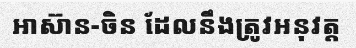
អាស៊ាន-ចិន ដែលនឹងត្រូវអនុវត្ត